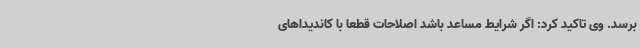
برسد. وی تاکید کرد: اگر شرایط مساعد باشد اصلاحات قطعا با کاندیداهای